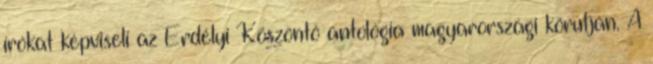
írókat képviseli az Erdélyi Köszöntő antológia magyarországi körútján. A